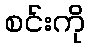
စင်းကို